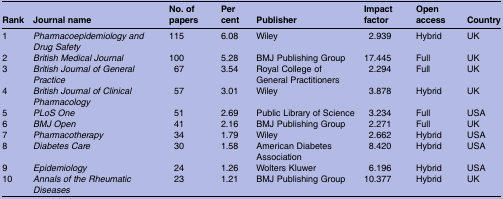
<table><thead><tr><td><b>Rank</b></td><td><b>Journal name</b></td><td><b>No. of papers</b></td><td><b>Per cent</b></td><td><b>Publisher</b></td><td><b>Impact factor</b></td><td><b>Open access</b></td><td><b>Country</b></td></tr></thead><tbody><tr><td>1</td><td><i>Pharmacoepidemiology and Drug Safety</i></td><td>115</td><td>6.08</td><td>Wiley</td><td>2.939</td><td>Hybrid</td><td>UK</td></tr><tr><td>2</td><td><i>British Medical Journal</i></td><td>100</td><td>5.28</td><td>BMJ Publishing Group</td><td>17.445</td><td>Full</td><td>UK</td></tr><tr><td>3</td><td><i>British Journal of General Practice</i></td><td>67</td><td>3.54</td><td>Royal College of General Practitioners</td><td>2.294</td><td>Full</td><td>UK</td></tr><tr><td>4</td><td><i>British Journal of Clinical Pharmacology</i></td><td>57</td><td>3.01</td><td>Wiley</td><td>3.878</td><td>Hybrid</td><td>UK</td></tr><tr><td>5</td><td><i>PLoS One</i></td><td>51</td><td>2.69</td><td>Public Library of Science</td><td>3.234</td><td>Full</td><td>USA</td></tr><tr><td>6</td><td><i>BMJ Open</i></td><td>41</td><td>2.16</td><td>BMJ Publishing Group</td><td>2.271</td><td>Full</td><td>UK</td></tr><tr><td>7</td><td><i>Pharmacotherapy</i></td><td>34</td><td>1.79</td><td>Wiley</td><td>2.662</td><td>Hybrid</td><td>USA</td></tr><tr><td>8</td><td><i>Diabetes Care</i></td><td>30</td><td>1.58</td><td>American Diabetes Association</td><td>8.420</td><td>Hybrid</td><td>USA</td></tr><tr><td>9</td><td><i>Epidemiology</i></td><td>24</td><td>1.26</td><td>Wolters Kluwer</td><td>6.196</td><td>Hybrid</td><td>USA</td></tr><tr><td>10</td><td><i>Annals of the Rheumatic Diseases</i></td><td>23</td><td>1.21</td><td>BMJ Publishing Group</td><td>10.377</td><td>Hybrid</td><td>UK</td></tr></tbody></table>